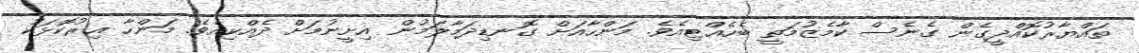
ތައްޔާރުކޮއްދީގެން ގެނެސް ކާމެޒުމަތީ ބެހެއްޓިއެވެ. މަންހާއަށް ގޮނޑިދަމާލަމުން އިށީނުމަށް ދެއްކިއެވެ. މަންހާ އިރުކޮޅަކު